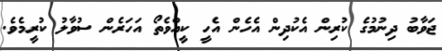
ޖަވާބު ދިނުމުގެ ކުރިން އެކުދިން އެހެން އެހީ ކީއްވެތޯ އަހަރެން ސުވާލު ކުރީމެވެ.